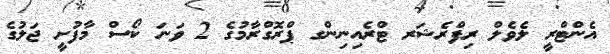
އެންޓްރީ ލެވެލް ރިފްރެޝަރ ޓްރެއިނިންގ ޕްރޮގްރާމުގެ 2 ވަނަ ކޯސް މާފުށީ ޖަލުގެ